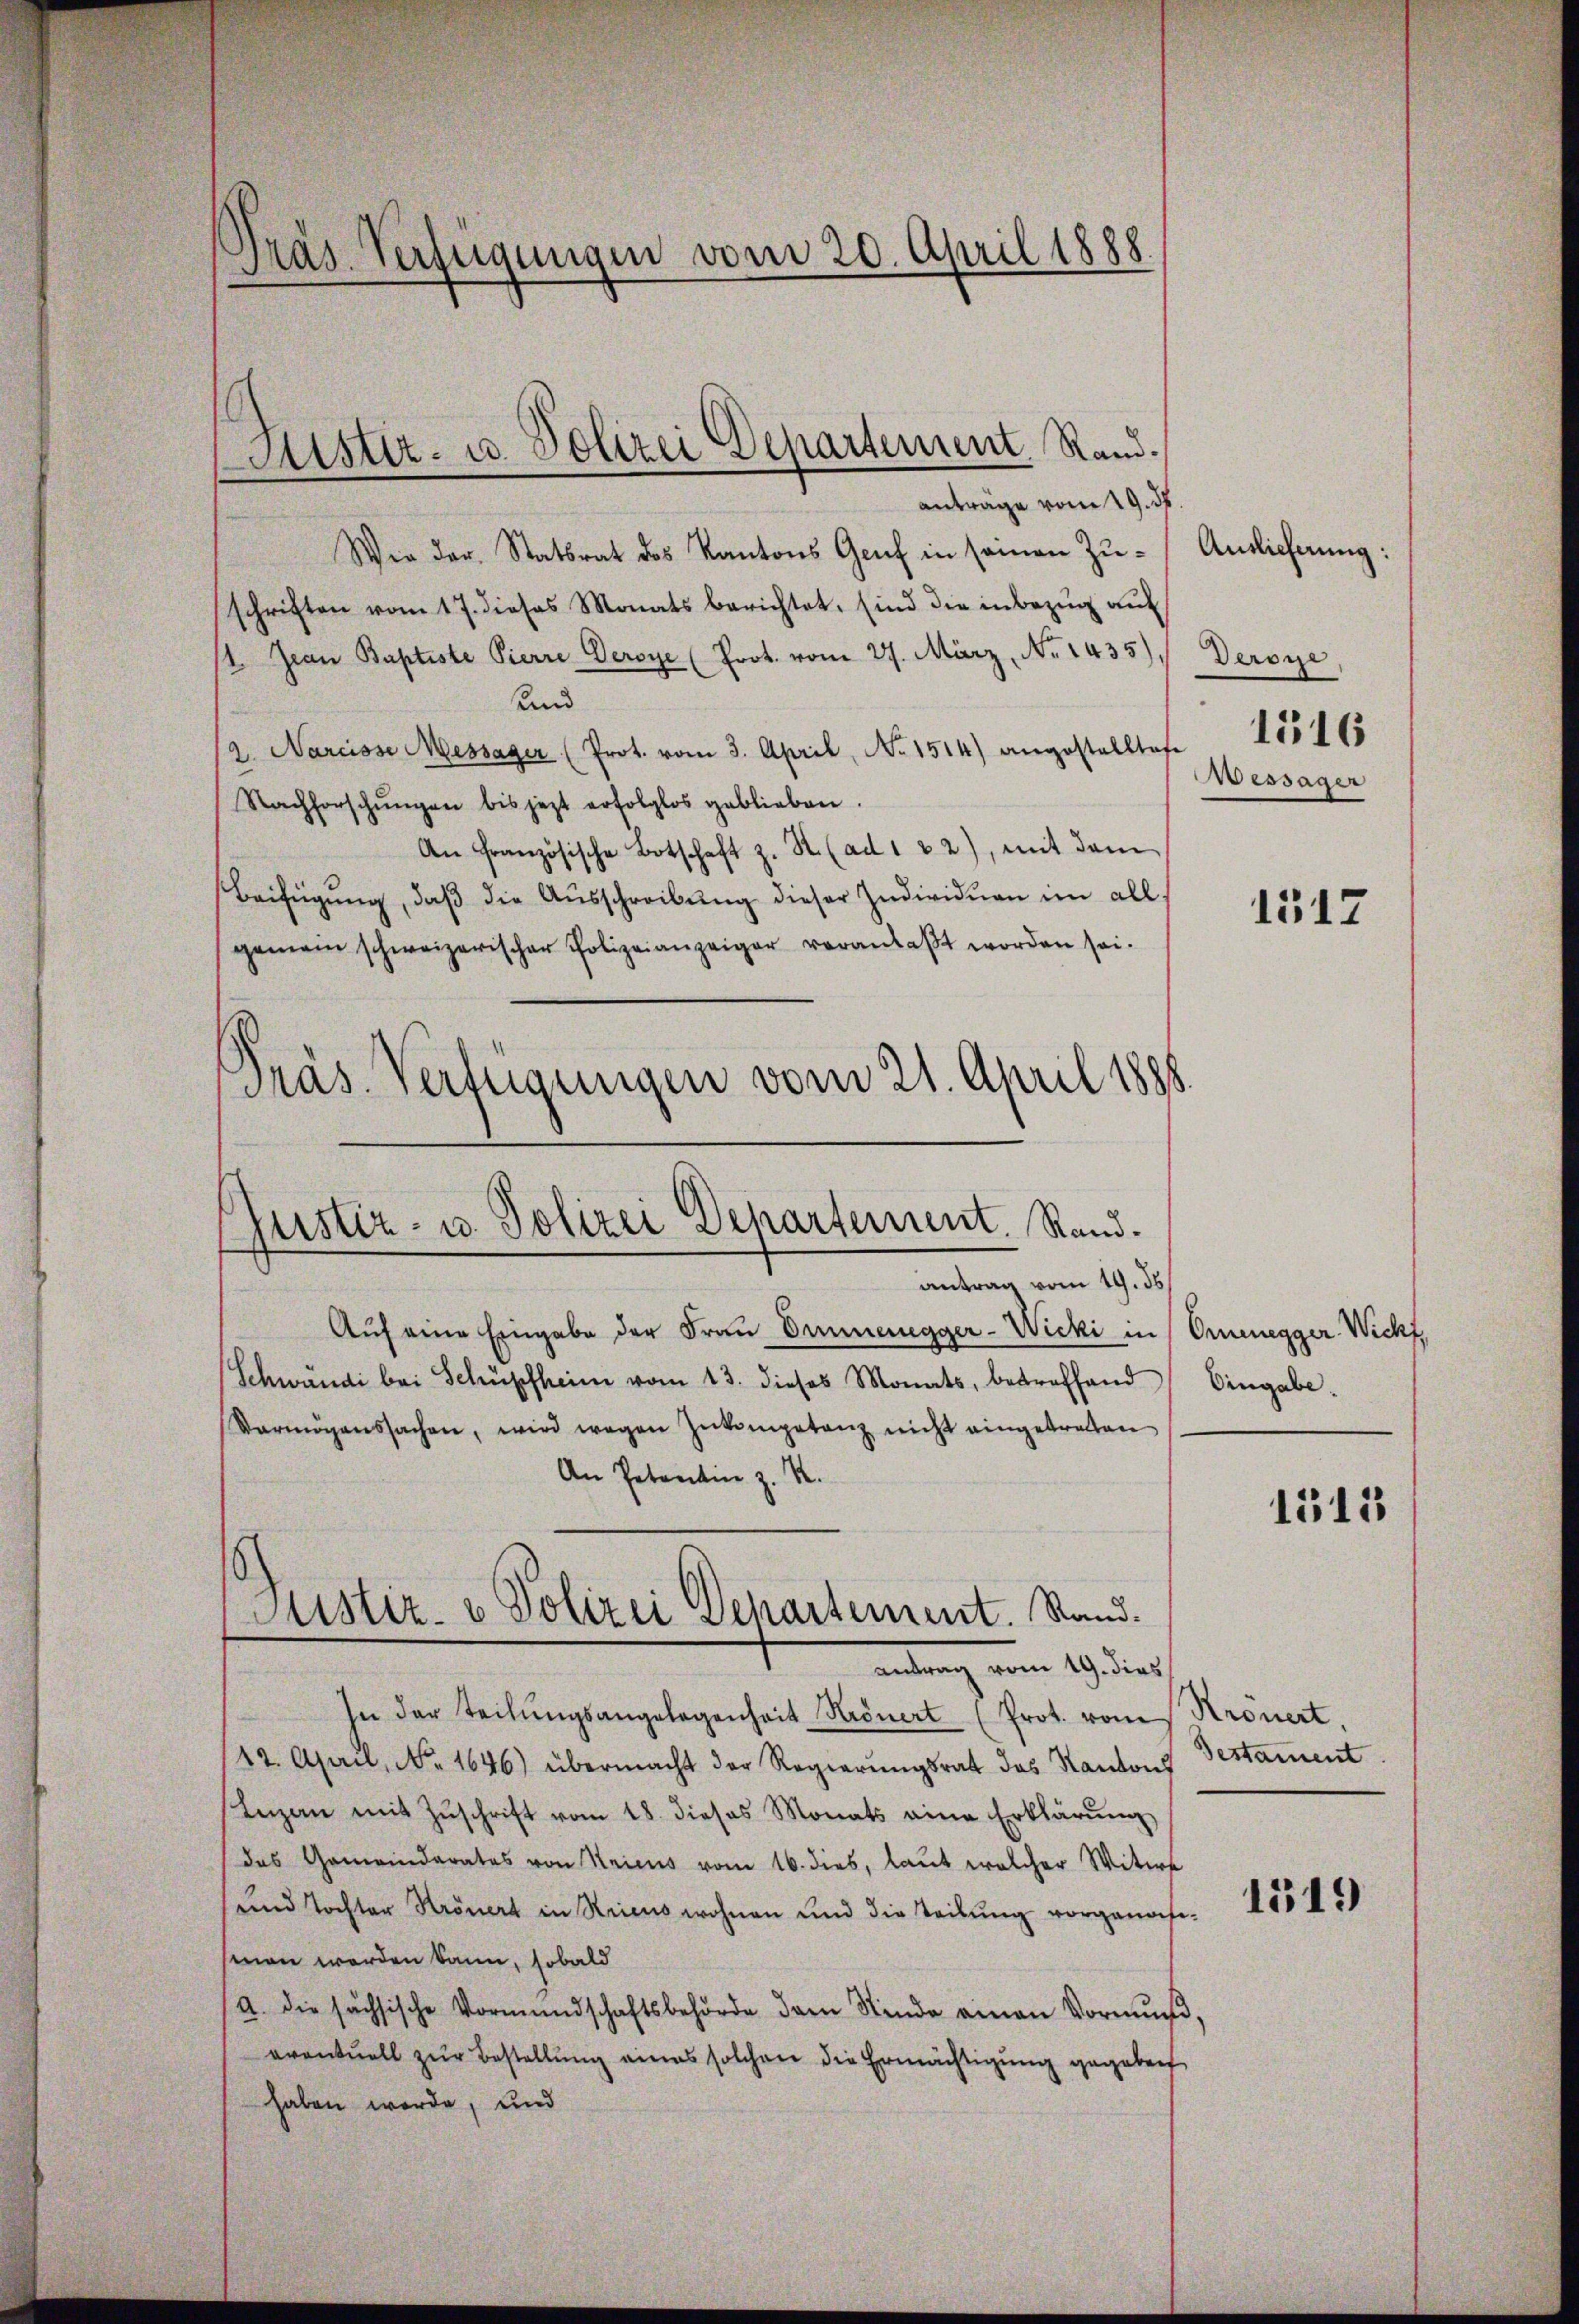
1
Präs. Verfügungen vom 20. April 1888.

Justiz- u. Polizei Departement Rand.
anträge vom 19. ds

Wie der Statsrat des Kantons Genf in seinen Zuschriften vom 17. dieses Monats berichtet, sind die inbezug auf
1. Jean Baptiste Pierre Veroye (Prot. vom 27. März, No 1435). Deroye
und
2. Nareisse Messager (Prot. vom 3. April, No 1514) angestalltafe
Nachforschŭngen bis jezt erfolglos geblieben.
An Französische Botschaft z. B. (ad 1 & 2), mit dem
Beifügŭng, daβ die Aŭsschreibŭng dieser Individuen im all
gemein schweizerischer Polizeianzeiger veranlaβt worden sei.
Präs. Verfügungen vom 21. April 1888.

Justiz- u. Polizei Departement. Rand.
antrag vom 19. ds.

Justiz- & Polizei Departement. Stand.
antrag vom 19. dies

Auf eine Eingabe der Frau Ommengger-Wicki in Ornenegger Wickt,
Schwandi bei Schüpfheim vom 13. dieses Monats, betreffend Eingabe.
Vermögenssachen, wird wegen Inkompetenz nicht eingetreten
An Petentin z. S.
In der teilŭngsangelegenheit Krönert (Prot. vom
/22. April, No. 1646) übermacht der Regierungsrat das Kantons
Lezan mit Zŭschrift vom 18. dieses Monats eine Erklärŭng
das Gemeinderates von Seiens vom 16. dies, laut welcher Witwe
sund Tochter Krönert in Kricus wohnen und die Teilung vorganasi-
sinen werden kann, sobald
a. die sächsische Vormundschaftsbehörde der Stinde einen Vormŭnd,
eventuell zur Bestellung eines solchen die Ermächtigung gegeben
haben werde, und

Auslieferung:
1516
Wessäger

1517

1511

Kronert,
destament.

1519